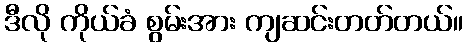
ဒီလို ကိုယ်ခံ စွမ်းအား ကျဆင်းတတ်တယ်။